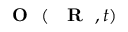
\mathrm { ~ { ~ \bf ~ O ~ } ~ } ( \mathrm { ~ { ~ \bf ~ R ~ } ~ } , t )